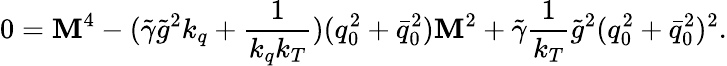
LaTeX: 0={\cal\mathbf{M}}^{4}-(\tilde{{\gamma}}\tilde{{g}}^{2}k_{q}+\frac{1}{{k_{q}k_{T}}})(q_{0}^{2}+\bar{{q}}_{0}^{2}){\cal\mathbf{M}}^{2}+\tilde{{\gamma}}\frac{1}{{k_{T}}}\tilde{{g}}^{2}(q_{0}^{2}+\bar{{q}}_{0}^{2})^{2}.